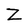
Character: Z